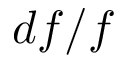
d f / f